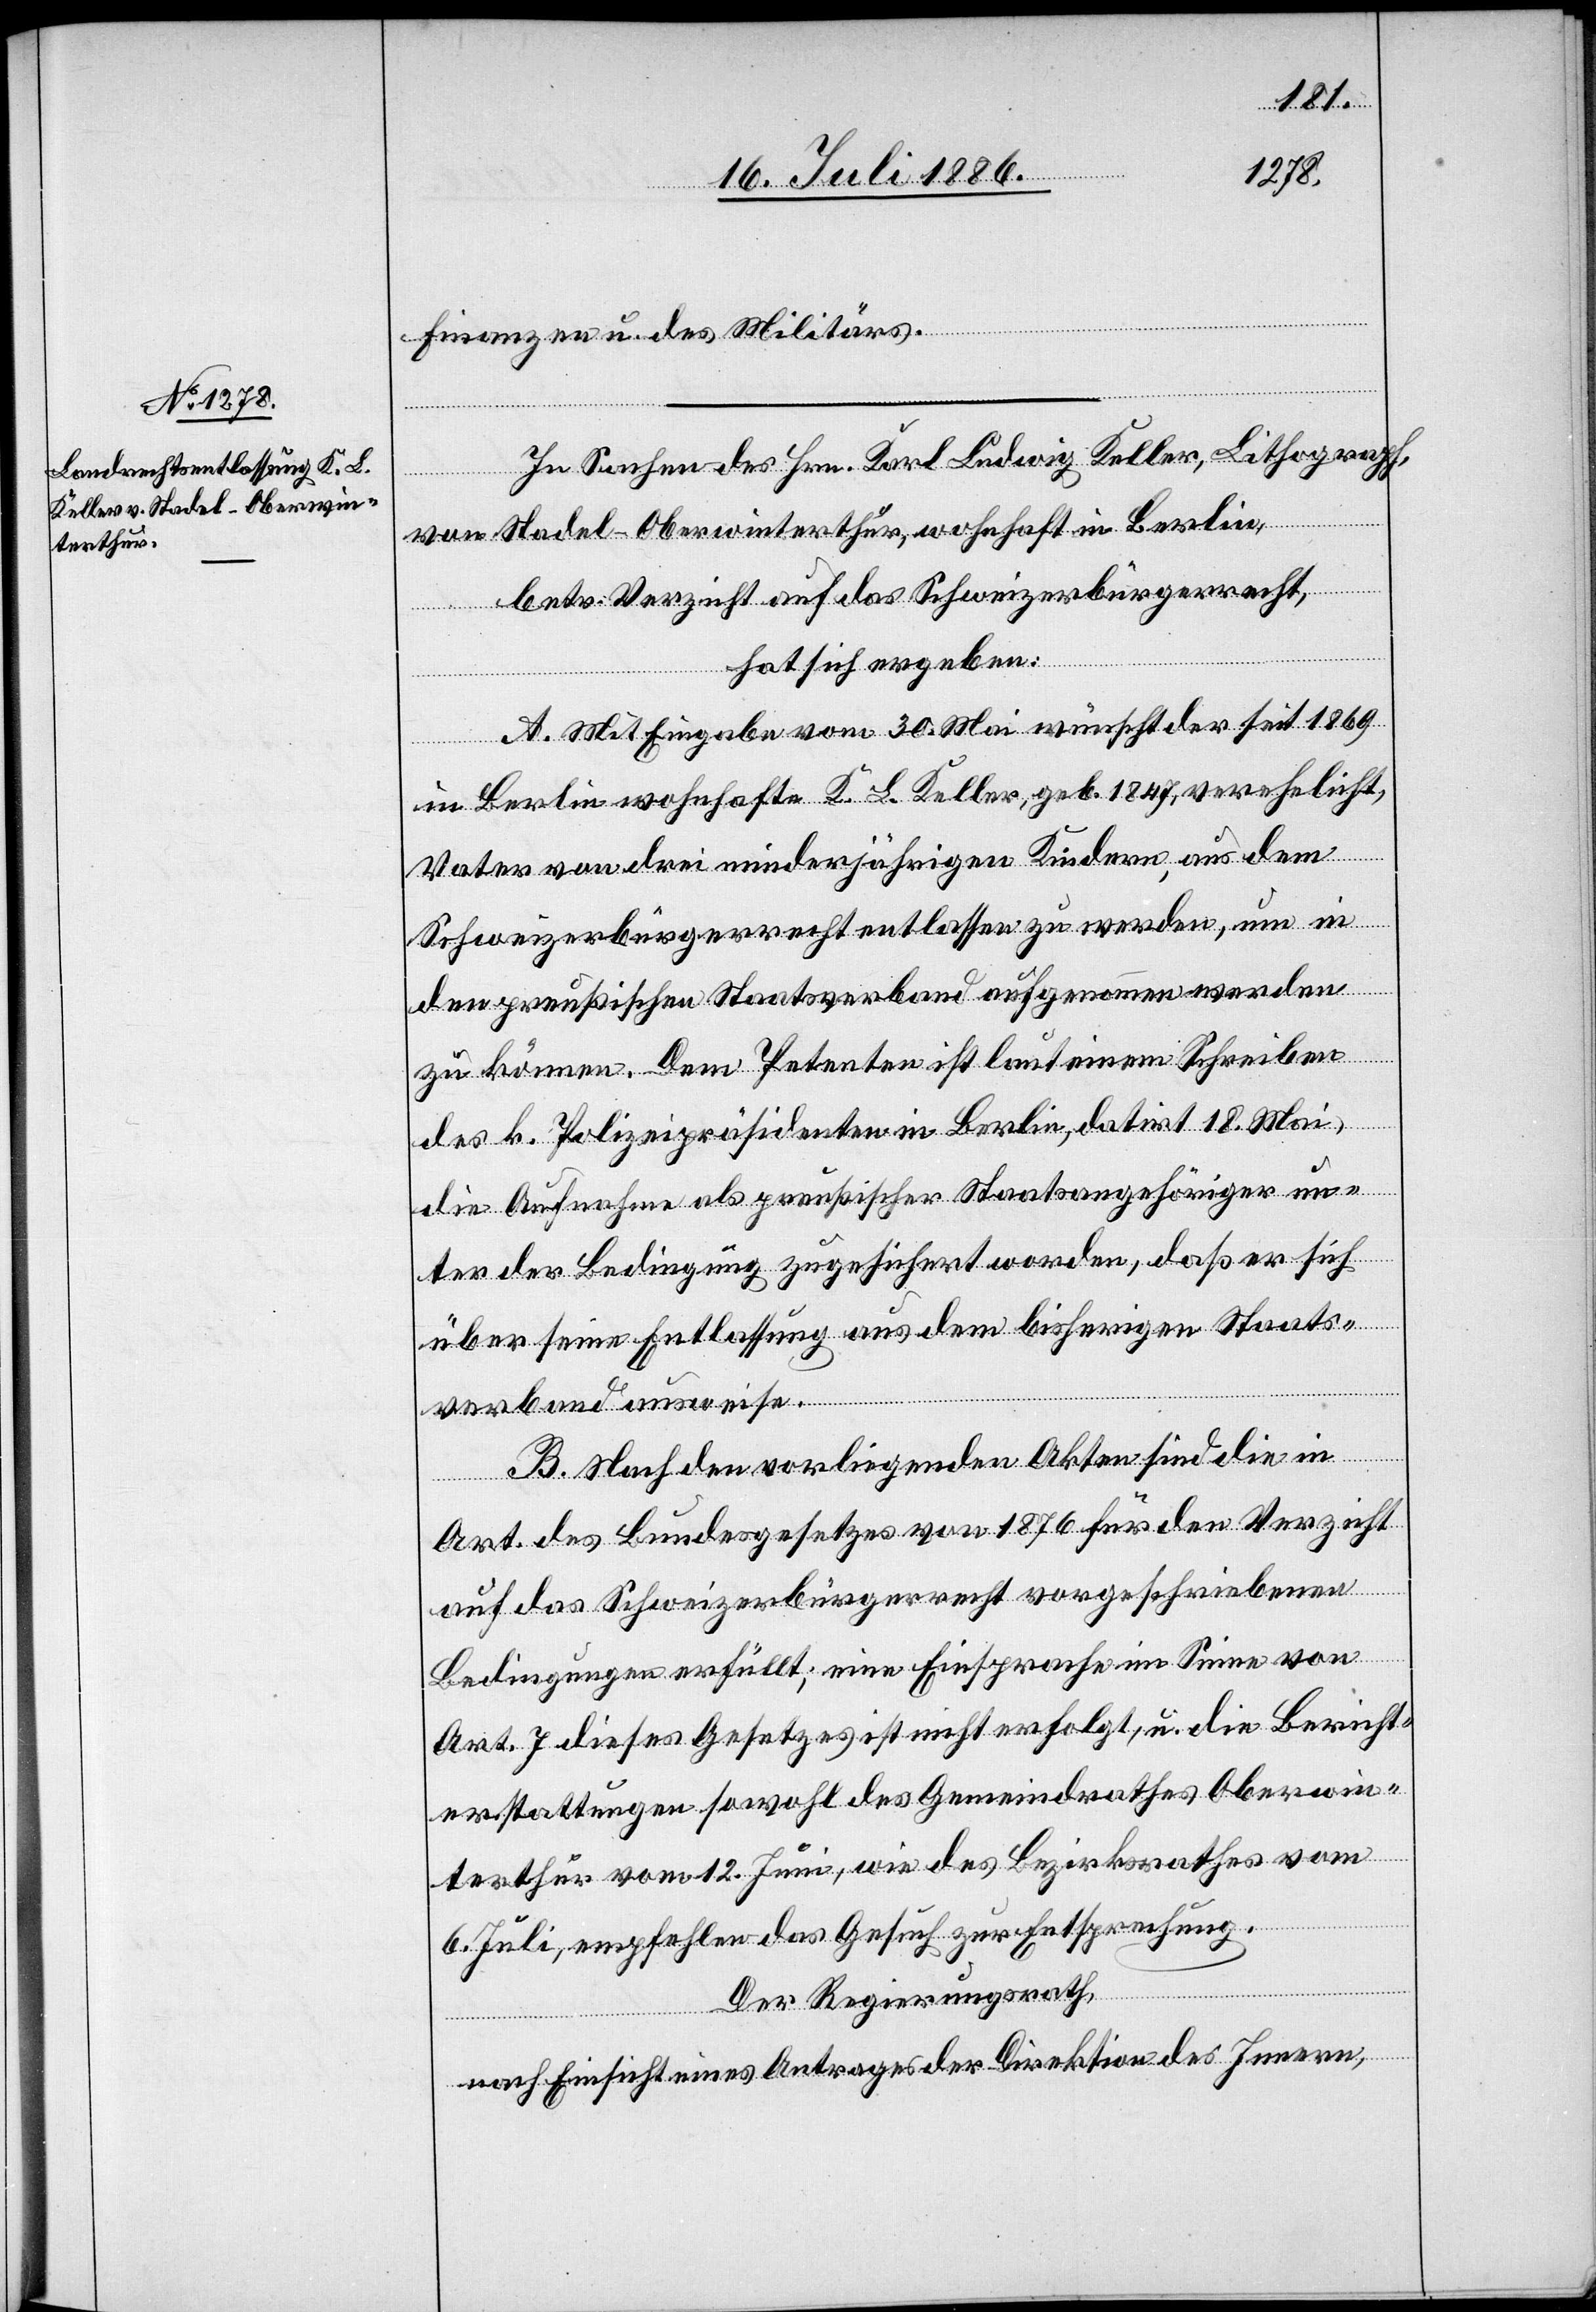
Finanzen u. des Militärs.
In Sachen des Hrn. Karl Ludwig Keller, Lithograph,
von Stadel - Oberwinterthur, wohnhaft in Berlin,
betr. Verzicht auf das Schweizerbürgerrecht,
hat sich ergeben:
A. Mit Eingabe vom 30. Mai wünscht der seit 1869
in Berlin wohnhaft K. L. Keller, geb. 1847, verehelicht,
Vater von drei minderjährigen Kindern, aus dem
Schweizerbürgerrecht entlassen zu werden, um in
den preußischen Staatsverband aufgenommen werden
zu können. Dem Petenten ist laut einem Schreiben
des k. Polizeipräsidenten in Berlin, datirt 18. Mai,
die Aufnahme als preußischer Staatsangehöriger un¬
ter der Bedingung zugesichert worden, daß er sich
über seine Entlassung aus dem bisherigen Staats¬
verband ausweise.
B. Nach den vorliegenden Akten sind die in
Art. … des Bundesgesetzes von 1876 für den Verzicht
auf das Schweizerbürgerrecht vorgeschriebenen
Bedingungen erfüllt; eine Einsprache im Sinne von
Art. 7 dieses Gesetzes ist nicht erfolgt, u. die Bericht¬
erstattungen sowohl des Gemeindrathes Oberwin¬
terthur vom 12. Juni, wie des Bezirksrathes vom
6. Juli, empfehlen das Gesuch zur Entsprechung.
Der Regierungsrath,
nach Einsicht eines Antrages der Direktion des Innern,